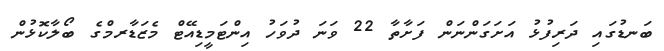
ބަނޑުގައި ދަރިފުޅު އަށަގަންނަން ފަށާތާ 22 ވަނަ ދުވަހު އިންޓަމީޑިއޭޓް މެޒަޑާރމްގެ ބޯލާކޮޅުން